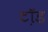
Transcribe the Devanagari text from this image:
टॉ़ड